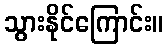
သွားနိုင်ကြောင်း။